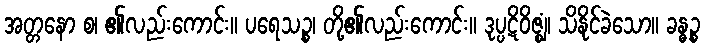
အတ္တနော စ၊ ၏လည်းကောင်း။ ပရေသဉ္စ၊ တို့၏လည်းကောင်း။ ဒုပ္ပဋိဝိဇ္ဈံ၊ သိနိုင်ခဲသော။ ခန္ဓဉ္စ